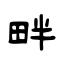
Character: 畔